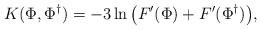
LaTeX: \begin{align*}K(\Phi,\Phi^{\dag}) = -3 \ln \big( F'(\Phi) + F'(\Phi^{\dag}) \big),\end{align*}